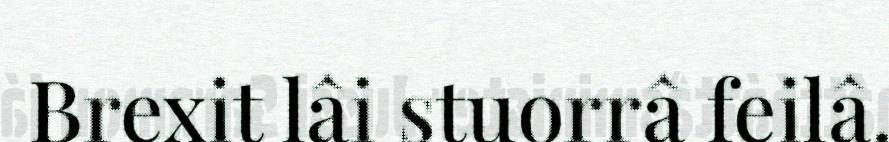
Brexit lâi stuorrâ feilâ.